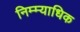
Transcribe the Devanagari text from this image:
निम्म्याधिक